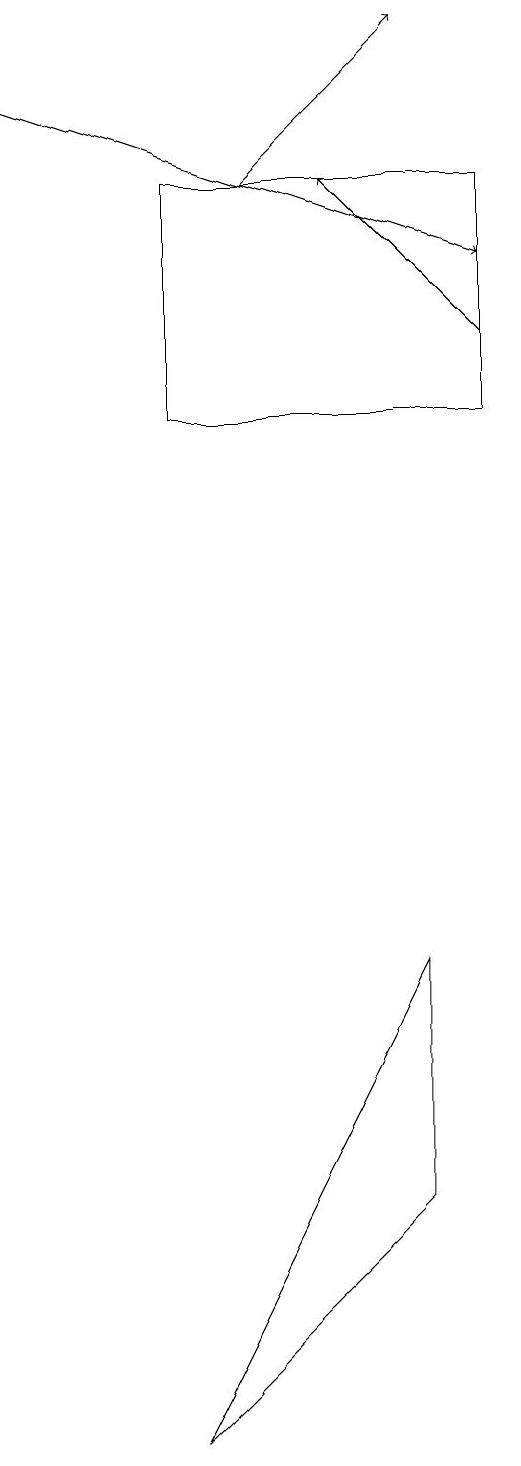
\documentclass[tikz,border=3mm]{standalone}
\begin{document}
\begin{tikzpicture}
\draw (6,16) rectangle (2,13);
\draw[->] (6,14) -- (4,16);
\draw (2,0) -- (5,6) -- (5,3) -- cycle;
\draw[->] (3,16) -- (5,18);
\draw[->] (0,17) -- (6,15);
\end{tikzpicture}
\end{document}